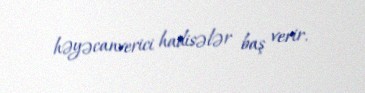
həyəcanverici hadisələr baş verir.